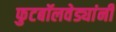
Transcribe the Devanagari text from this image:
फुटबॉलवेड्यांनी